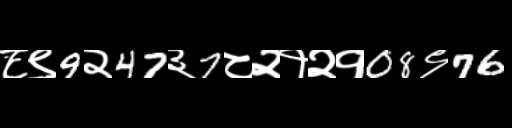
Text: ८९9२47३7८२१२१08९76